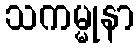
သကမ္မုနာ